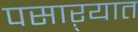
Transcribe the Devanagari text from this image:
पसाऱ्यात